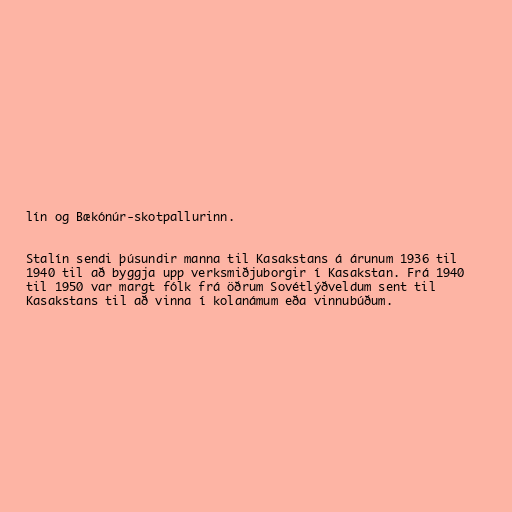
lín og Bækónúr-skotpallurinn.

Stalín sendi þúsundir manna til Kasakstans á árunum 1936 til
1940 til að byggja upp verksmiðjuborgir í Kasakstan. Frá 1940
til 1950 var margt fólk frá öðrum Sovétlýðveldum sent til
Kasakstans til að vinna í kolanámum eða vinnubúðum.